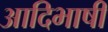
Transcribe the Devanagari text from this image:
आदिभाषी